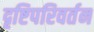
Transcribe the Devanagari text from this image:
दृष्टिपरिवर्तन